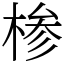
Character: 椮